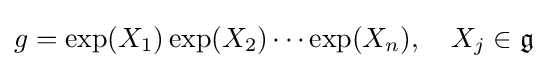
g=\exp(X_{1})\exp(X_{2})\cdots \exp(X_{n}),\quad X_{j}\in {\mathfrak {g}}